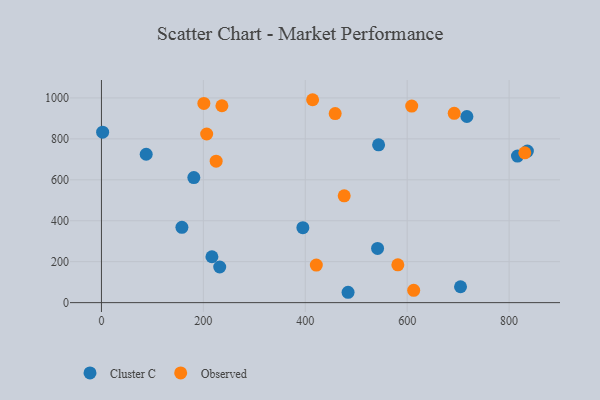
{"axis": {"x": "Study Hours", "y": "Fuel Efficiency"}, "legend": ["Cluster C", "Observed"], "data": [{"x": "835.9", "y": 740.5, "type": "Cluster C"}, {"x": "232.1", "y": 174.1, "type": "Cluster C"}, {"x": "87.8", "y": 724.8, "type": "Cluster C"}, {"x": "541.9", "y": 264.9, "type": "Cluster C"}, {"x": "181.3", "y": 610.9, "type": "Cluster C"}, {"x": "395.3", "y": 366.0, "type": "Cluster C"}, {"x": "157.9", "y": 368.0, "type": "Cluster C"}, {"x": "543.9", "y": 771.2, "type": "Cluster C"}, {"x": "216.8", "y": 224.1, "type": "Cluster C"}, {"x": "704.7", "y": 77.6, "type": "Cluster C"}, {"x": "816.5", "y": 715.9, "type": "Cluster C"}, {"x": "484.0", "y": 50.6, "type": "Cluster C"}, {"x": "2.3", "y": 832.9, "type": "Cluster C"}, {"x": "717.2", "y": 909.4, "type": "Cluster C"}, {"x": "206.5", "y": 823.9, "type": "Observed"}, {"x": "201.0", "y": 973.0, "type": "Observed"}, {"x": "608.9", "y": 960.1, "type": "Observed"}, {"x": "692.3", "y": 925.1, "type": "Observed"}, {"x": "581.7", "y": 184.6, "type": "Observed"}, {"x": "421.7", "y": 183.5, "type": "Observed"}, {"x": "612.8", "y": 59.9, "type": "Observed"}, {"x": "830.8", "y": 732.1, "type": "Observed"}, {"x": "225.1", "y": 691.0, "type": "Observed"}, {"x": "458.7", "y": 923.5, "type": "Observed"}, {"x": "414.4", "y": 991.3, "type": "Observed"}, {"x": "236.4", "y": 961.9, "type": "Observed"}, {"x": "476.4", "y": 521.8, "type": "Observed"}]}